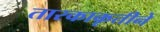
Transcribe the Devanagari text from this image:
तारकाकृतीने